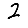
Digit: 2